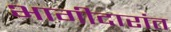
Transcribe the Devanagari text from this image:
भागीदारांत